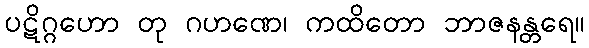
ပဋိဂ္ဂဟော တု ဂဟဏေ၊ ကထိတော ဘာဇနန္တရေ။